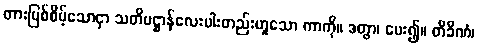
တားမြစ်စိမ့်သောငှာ သတိပဋ္ဌာန်လေးပါးတည်းဟူသော ကာကို။ ဒတွာ၊ ပေး၍။ တိခိဏံ၊